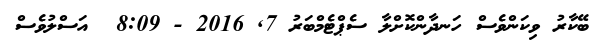
ބޭކާރު ވިކަންވެސް ހަނދާންކޮށްލާ ސެޕްޓެމްބަރު 7